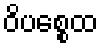
ဝိပစ္စေထ